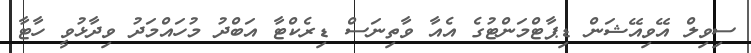
ސިވިލް އޭވިއޭޝަން ޑިޕާޓްމަންޓުގެ އެއާ ވާތިނަސް ޑިރެކްޓާ އަބްދު މުހައްމަދު ވިދާޅުވީ ހާޓާ